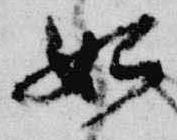
始